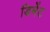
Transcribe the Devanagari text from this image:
डिमेंट